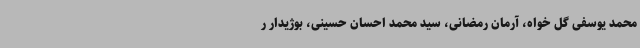
محمد یوسفی گل خواه، آرمان رمضانی، سید محمد احسان حسینی، بوژیدار ر